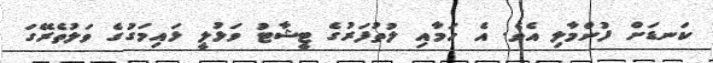
ކަނޑަށް ފުންމާލި އެވެ. އެ ހަމާއި ލުތުފަރުގެ ޓީޝާޓު ވަޅުލީ ޅައިމަގުގެ ވަލުތެރޭގަ